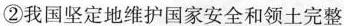
②我国坚定地维护国家安全和领土完整